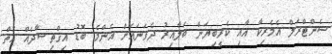
ސެންޓްރަލް އެމެރިކާ އާއި ކެރީބިޔަން ބަލާއިރު ދެވަނައަށް އެންމެ ބޮޑު އިޤްތިޞާދެއް އޮތް